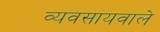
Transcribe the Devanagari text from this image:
व्यवसायवाले